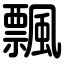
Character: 飄